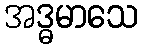
အဒ္ဓမာသေ